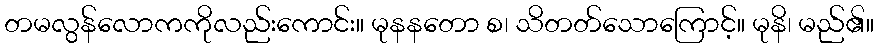
တမလွန်လောကကိုလည်းကောင်း။ မုနနတော စ၊ သိတတ်သောကြောင့်။ မုနိ၊ မည်၏။